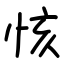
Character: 㤥